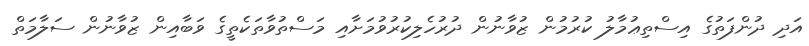
އަދި ދުންފަތުގެ އިސްތިޢުމާލު ކުރުމުން ޒުވާނުން ދުރުހެލިކުރުވުމަށާއި މަސްތުވާތަކެތީގެ ވަބާއިން ޒުވާނުން ސަލާމަތް